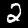
Label: 2